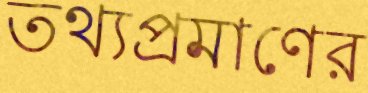
তথ্যপ্রমাণের